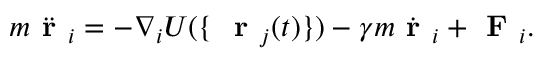
\centering m \ddot { \textbf { r } } _ { i } = - \nabla _ { i } U ( \{ \ \textbf { r } _ { j } ( t ) \} ) - \gamma m \dot { \textbf { r } } _ { i } + \textbf { F } _ { i } .